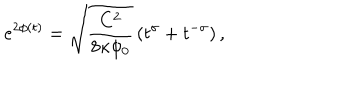
LaTeX: e ^ { 2 \phi ( t ) } = \sqrt { \frac { C ^ { 2 } } { 8 \kappa \phi _ { 0 } } } \left( t ^ { \sigma } + t ^ { - \sigma } \right) ,